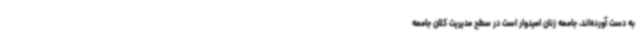
به دست آورده‌اند، جامعه زنان امیدوار است در سطح مدیریت کلان جامعه